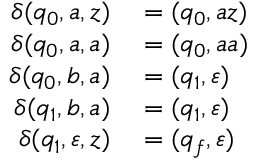
\begin{array} { r l } { \delta ( q _ { 0 } , a , z ) } & { { } = ( q _ { 0 } , a z ) } \\ { \delta ( q _ { 0 } , a , a ) } & { { } = ( q _ { 0 } , a a ) } \\ { \delta ( q _ { 0 } , b , a ) } & { { } = ( q _ { 1 } , \varepsilon ) } \\ { \delta ( q _ { 1 } , b , a ) } & { { } = ( q _ { 1 } , \varepsilon ) } \\ { \delta ( q _ { 1 } , \varepsilon , z ) } & { { } = ( q _ { f } , \varepsilon ) } \end{array}